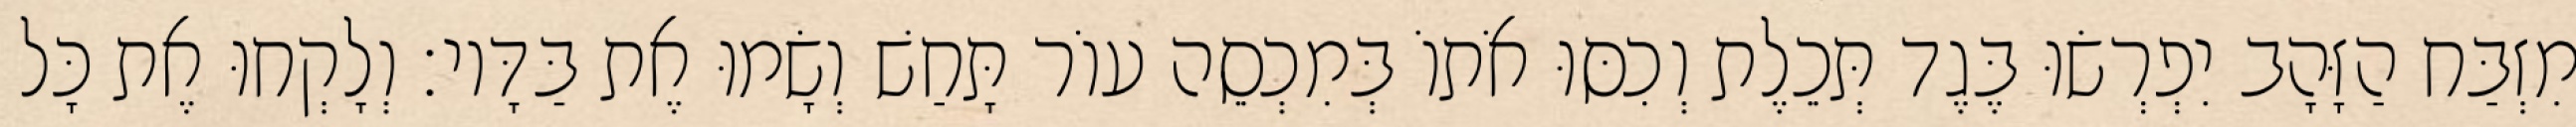
מִזְבַּח הַזָּהָב יִפְרְשׂוּ בֶּגֶד תְּכֵלֶת וְכִסּוּ אֹתוֹ בְּמִכְסֵה עוֹר תָּחַשׁ וְשָׂמוּ אֶת בַּדָּיו׃ וְלָקְחוּ אֶת כָּל